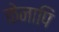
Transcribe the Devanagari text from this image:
केनापि